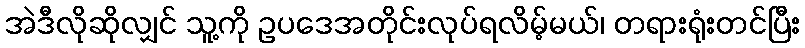
အဲဒီလိုဆိုလျှင် သူ့ကို ဥပဒေအတိုင်းလုပ်ရလိမ့်မယ်၊ တရားရုံးတင်ပြီး